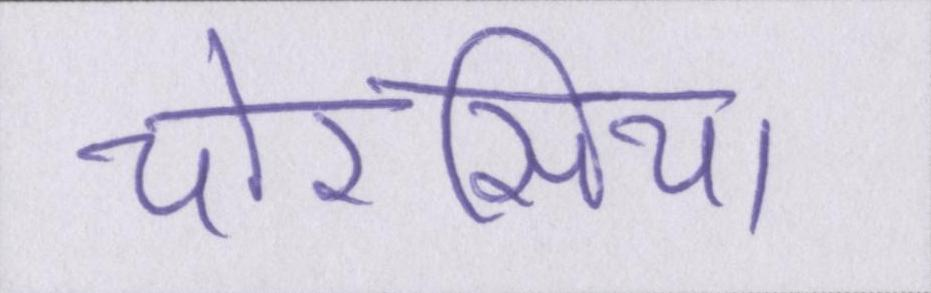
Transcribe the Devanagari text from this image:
चौरसिया